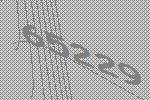
65229